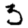
Digit: 5